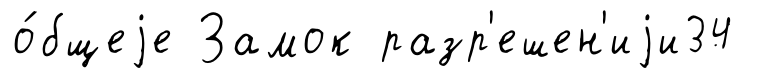
о́бщеjе Замок разр'ешен'иjи34